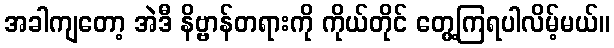
အခါကျတော့ အဲဒီ နိဗ္ဗာန်တရားကို ကိုယ်တိုင် တွေ့ကြရပါလိမ့်မယ်။